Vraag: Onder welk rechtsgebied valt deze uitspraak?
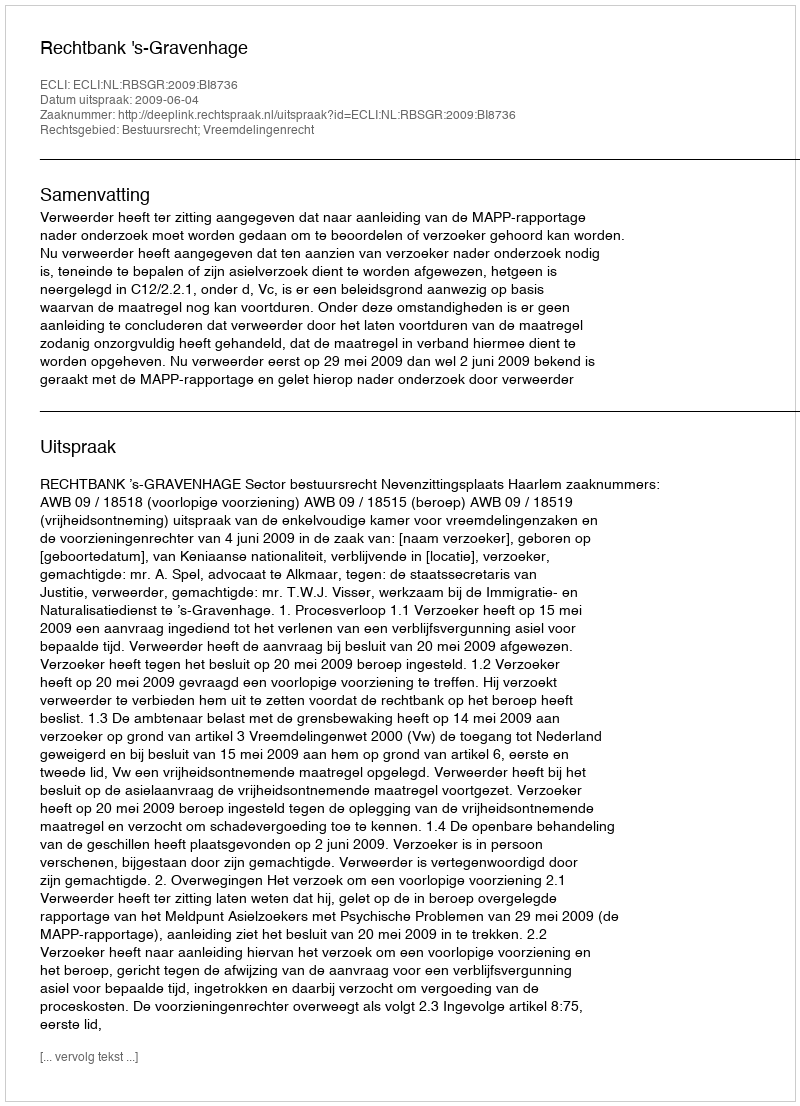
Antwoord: Bestuursrecht; Vreemdelingenrecht